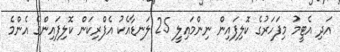
އަދި އެޓީމު މިފަހަރުގެ ކޮލިފައިން ނިންމައިލީ 25 ލަނޑާއެކު އެފްރިކަން ކޮލިފައިންގެ އެންމެ